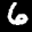
Label: 6